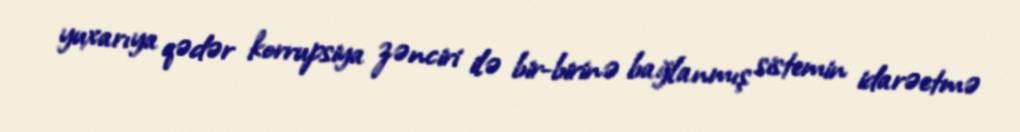
yuxarıya qədər korrupsiya zənciri ilə bir-birinə bağlanmış sistemin idarəetmə